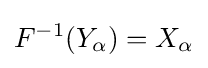
F^{-1}(Y_{\alpha })=X_{\alpha }